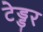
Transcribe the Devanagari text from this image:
टेड्डर